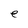
Character: e